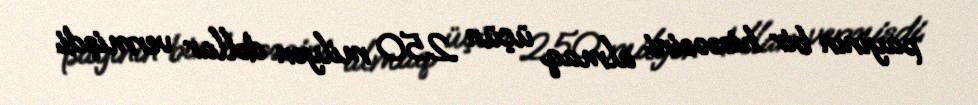
payının bir hissəsini almaq üçün 250 milyon dollar vermişdi.